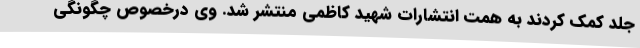
جلد کمک کردند به همت انتشارات شهید کاظمی منتشر شد. وی درخصوص چگونگی